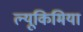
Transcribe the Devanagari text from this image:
ल्यूकिमिया